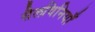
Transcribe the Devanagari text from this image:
सैलविनियाँ